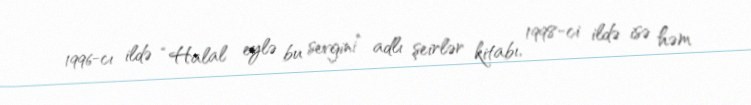
1996-cı ildə “Halal eylə bu sevgini” adlı şeirlər kitabı, 1998-ci ildə isə həm